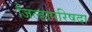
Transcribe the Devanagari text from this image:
जिल्हापरिषदा